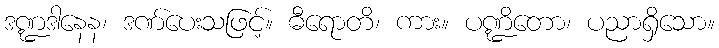
ဒဏ္ဍဒါနေန၊ ဒဏ်ပေးသဖြင့်။ ဓီရောတိ၊ ကား။ ပဏ္ဍိတော၊ ပညာရှိသော။